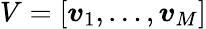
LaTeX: V=\left[\boldsymbol{v}_{1},\ldots,\boldsymbol{v}_{M}\right]